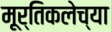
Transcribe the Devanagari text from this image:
मूर्तिकलेच्या